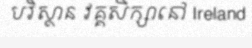
បរិស្ថាន វគ្គសិក្សានៅ Ireland